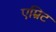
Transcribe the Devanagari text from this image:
एम्रिट